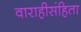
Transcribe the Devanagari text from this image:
वाराहीसंहिता